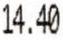
14.40